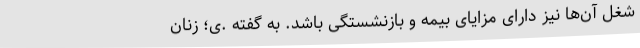
شغل آن‌ها نیز دارای مزایای بیمه و بازنشستگی باشد. به گفته .ی؛ زنان